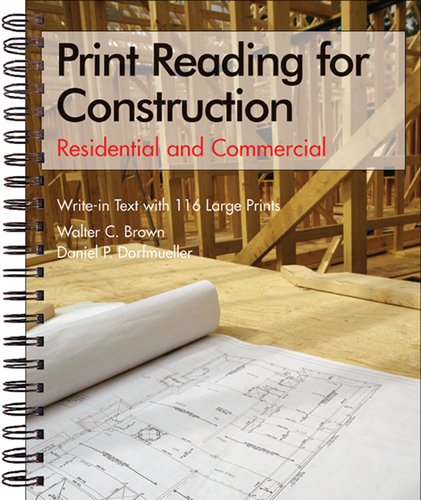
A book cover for Print Reading for Construction: Residential and Commercial Set; Walter C. Brown; Arts & Photography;